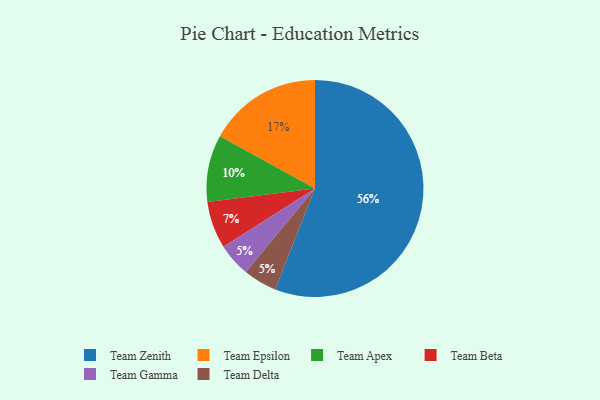
{"axis": {"x": "Category", "y": "Percentage"}, "legend": ["Team Apex", "Team Beta", "Team Delta", "Team Epsilon", "Team Gamma", "Team Zenith"], "data": [{"x": "Team Beta", "y": 7, "type": "Team Beta"}, {"x": "Team Epsilon", "y": 17, "type": "Team Epsilon"}, {"x": "Team Gamma", "y": 5, "type": "Team Gamma"}, {"x": "Team Zenith", "y": 56, "type": "Team Zenith"}, {"x": "Team Apex", "y": 10, "type": "Team Apex"}, {"x": "Team Delta", "y": 5, "type": "Team Delta"}]}